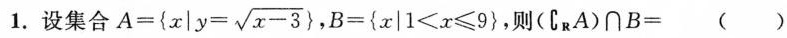
1.设集合A={x|y=\sqrt{x-3}},B={x|1<x<=9},则（C_{R}A）\cap B = ( )